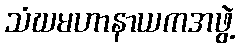
သံဃမဟာနာယကအဖွဲ့